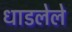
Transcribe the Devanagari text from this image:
धाडलेले